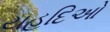
યહૂદિઓ